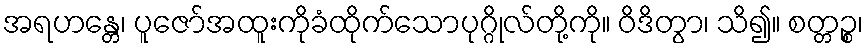
အရဟန္တေ၊ ပူဇော်အထူးကိုခံထိုက်သောပုဂ္ဂိုလ်တို့ကို။ ဝိဒိတွာ၊ သိ၍။ စတ္တဉ္စ၊